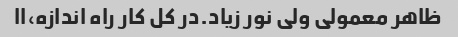
ظاهر معمولی ولی نور زیاد.در کل کار راه اندازه،اا